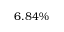
6 . 8 4 \%